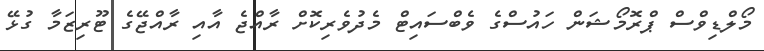
މޯލްޑިވްސް ޕްރޮމޯޝަން ހައުސްގެ ވެބްސައިޓް މެދުވެރިކޮށް ރާއްޖެ އާއި ރާއްޖޭގެ ޓޫރިޒަމާ ގުޅޭ